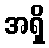
အရှိ